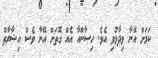
ކަމަށް އޭނާ ވިދާޅުވި އެވެ. ހިސާންއާ އެއް ގޮތަށް އޭނާ ވެސް އިޝާރާތް